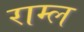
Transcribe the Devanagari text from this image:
राम्ल